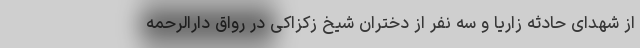
از شهدای حادثه زاریا و سه نفر از دختران شیخ زکزاکی در رواق دارالرحمه